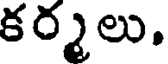
కర్మలు.